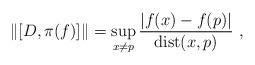
LaTeX: \begin{align*}\|[D,\pi(f)]\|=\sup_{x \neq p} \frac{|f(x)-f(p)|}{\mathrm{dist}(x,p)}~,\end{align*}